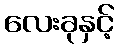
လေးခုနှင့်